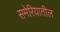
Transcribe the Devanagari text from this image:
समेरियातील